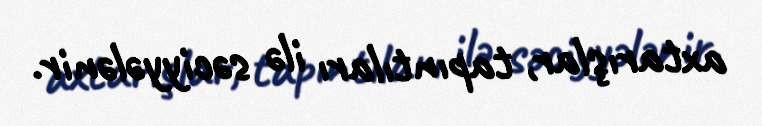
axtarışlar, tapıntıları ilə səciyyələnir.